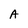
Character: A